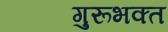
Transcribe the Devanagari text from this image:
गुरूभक्त